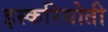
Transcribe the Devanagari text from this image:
इस्करियोती